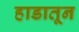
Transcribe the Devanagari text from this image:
हाडातून